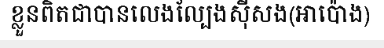
ខ្លួនពិតជាបានលេងល្បែងស៊ីសង(អាប៉ោង)